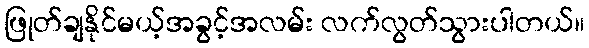
ဖြုတ်ချနိုင်မယ့်အခွင့်အလမ်း လက်လွတ်သွားပါတယ်။